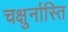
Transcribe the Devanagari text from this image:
चक्षुर्नास्ति